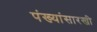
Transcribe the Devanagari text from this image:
पंख्यांसारखी